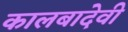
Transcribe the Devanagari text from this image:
कालबादेवी